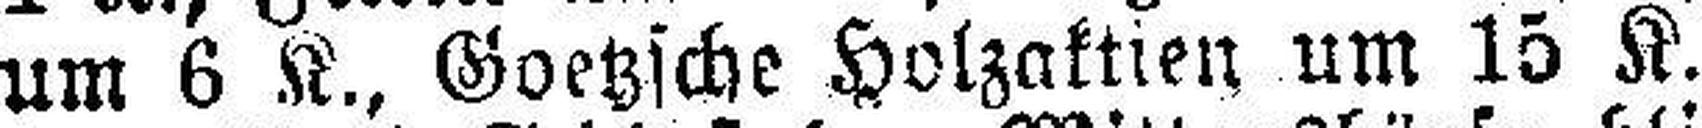
um 6 K., Goetzsche Holzaktien um 15 K.